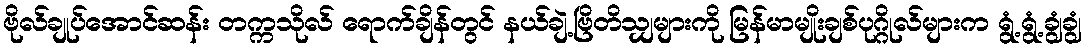
ဗိုလ်ချုပ်အောင်ဆန်း တက္ကသိုလ် ရောက်ချိန်တွင် နယ်ချဲ့ဗြိတိသျှများကို မြန်မာမျိုးချစ်ပုဂ္ဂိုလ်များက ရွံ့ရွံ့ချွံချွံ